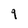
Character: 9